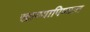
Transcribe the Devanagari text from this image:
खाण्यापिण्यात